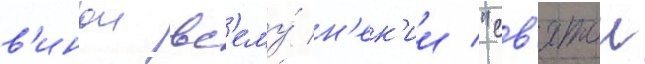
в'инои вс'ему́ н'ек'ии "св'ятои